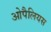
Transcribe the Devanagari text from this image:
ओपैलियस